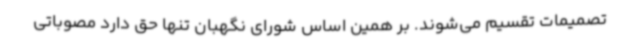
تصمیمات تقسیم می‌شوند. بر همین اساس شورای نگهبان تنها حق دارد مصوباتی